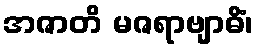
အဇာတိ မဇရာဗျာဓိံ၊